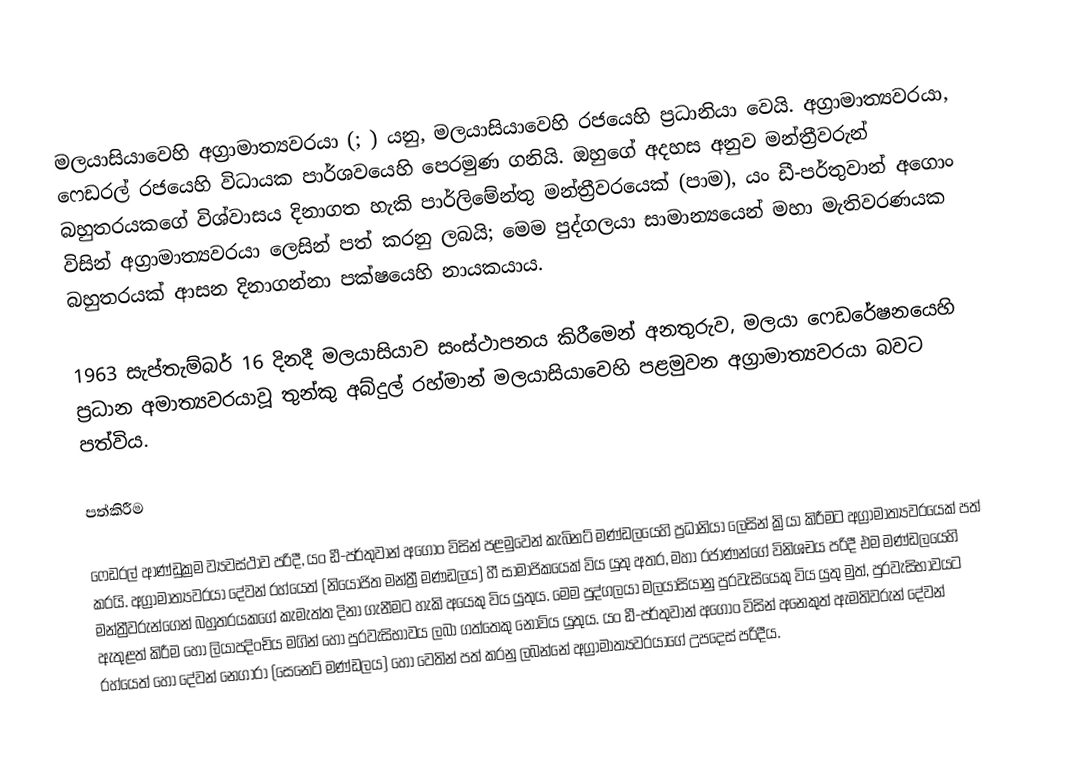
මලයාසියාවෙහි අග්‍රාමාත්‍යවරයා (; ) යනු, මලයාසියාවෙහි රජයෙහි ප්‍රධානියා වෙයි. අග්‍රාමාත්‍යවරයා, ෆෙඩරල් රජයෙහි විධායක පාර්ශවයෙහි පෙරමුණ ගනියි. ඔහුගේ අදහස අනුව මන්ත්‍රීවරුන් බහුතරයකගේ විශ්වාසය දිනාගත හැකි  පාර්ලිමේන්තු මන්ත්‍රීවරයෙක් (පාම),  යං ඩී-පර්තුවාන් අගොං  විසින් අග්‍රාමාත්‍යවරයා ලෙසින් පත් කරනු ලබයි; මෙම පුද්ගලයා සාමාන්‍යයෙන් මහා මැතිවරණයක බහුතරයක් ආසන දිනාගන්නා පක්ෂයෙහි නායකයාය.

1963 සැප්තැම්බර් 16 දිනදී මලයාසියාව සංස්ථාපනය කිරීමෙන් අනතුරුව, මලයා ෆෙඩරේෂනයෙහි ප්‍රධාන අමාත්‍යවරයාවූ තුන්කු අබ්දුල් රහ්මාන් මලයාසියාවෙහි පළමුවන අග්‍රාමාත්‍යවරයා බවට පත්විය.

පත්කිරීම

ෆෙඩරල් ආණ්ඩුක්‍රම ව්‍යවස්ථාව පරිදී, යං ඩී-පර්තුවාන් අගොං විසින් පළමුවෙන් කැබිනට් මණ්ඩලයෙහි ප්‍රධානියා ලෙසින් ක්‍රියා කිරීමට අග්‍රාමාත්‍යවරයෙක් පත් කරයි. අග්‍රාමාත්‍යවරයා දේවන් රහ්යෙත් (නියෝජිත මන්ත්‍රී මණඩලය) හී සාමාජිකයෙක් විය යුතු අතර, මහා රජාණන්ගේ විනිශචය පරිදී එම මණ්ඩලයෙහි මන්ත්‍රීවරුන්ගෙන් බහුතරයකගේ කැමැත්ත දිනා ගැනීමට හැකි අයෙකු විය යුතුය. මෙම පුද්ගලයා මලයාසියානු පුරවැසියෙකු විය යුතු මුත්, පුරවැසිභාවයට ඇතුළත් කිරීම හෝ ලියාපදිංචිය මගින් හෝ පුරවැසිභාවය ලබා ගත්තෙකු නොවිය යුතුය. යං ඩී-පර්තුවාන් අගොං විසින් අනෙකුත් ඇමතිවරුන් දේවන් රහ්යෙත් හෝ දේවන් නෙගාරා (සෙනෙට් මණ්ඩලය) හෝ වෙතින් පත් කරනු ලබන්නේ අග්‍රාමාත්‍යවරයාගේ උපදෙස් පරිදීය.